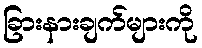
ခြားနားချက်များကို